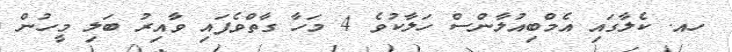
ހއ. ކެލާގައި އެމްބިއުލާންސް ހަލާކުވެ 4 މަހާ ގާތްވެފައި ވާއިރު ބަލި މީހުން